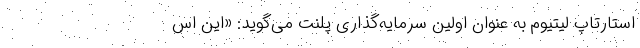
استارتاپ لیتیوم به عنوان اولین سرمایه‌گذاری پلنت می‌گوید: «این اس